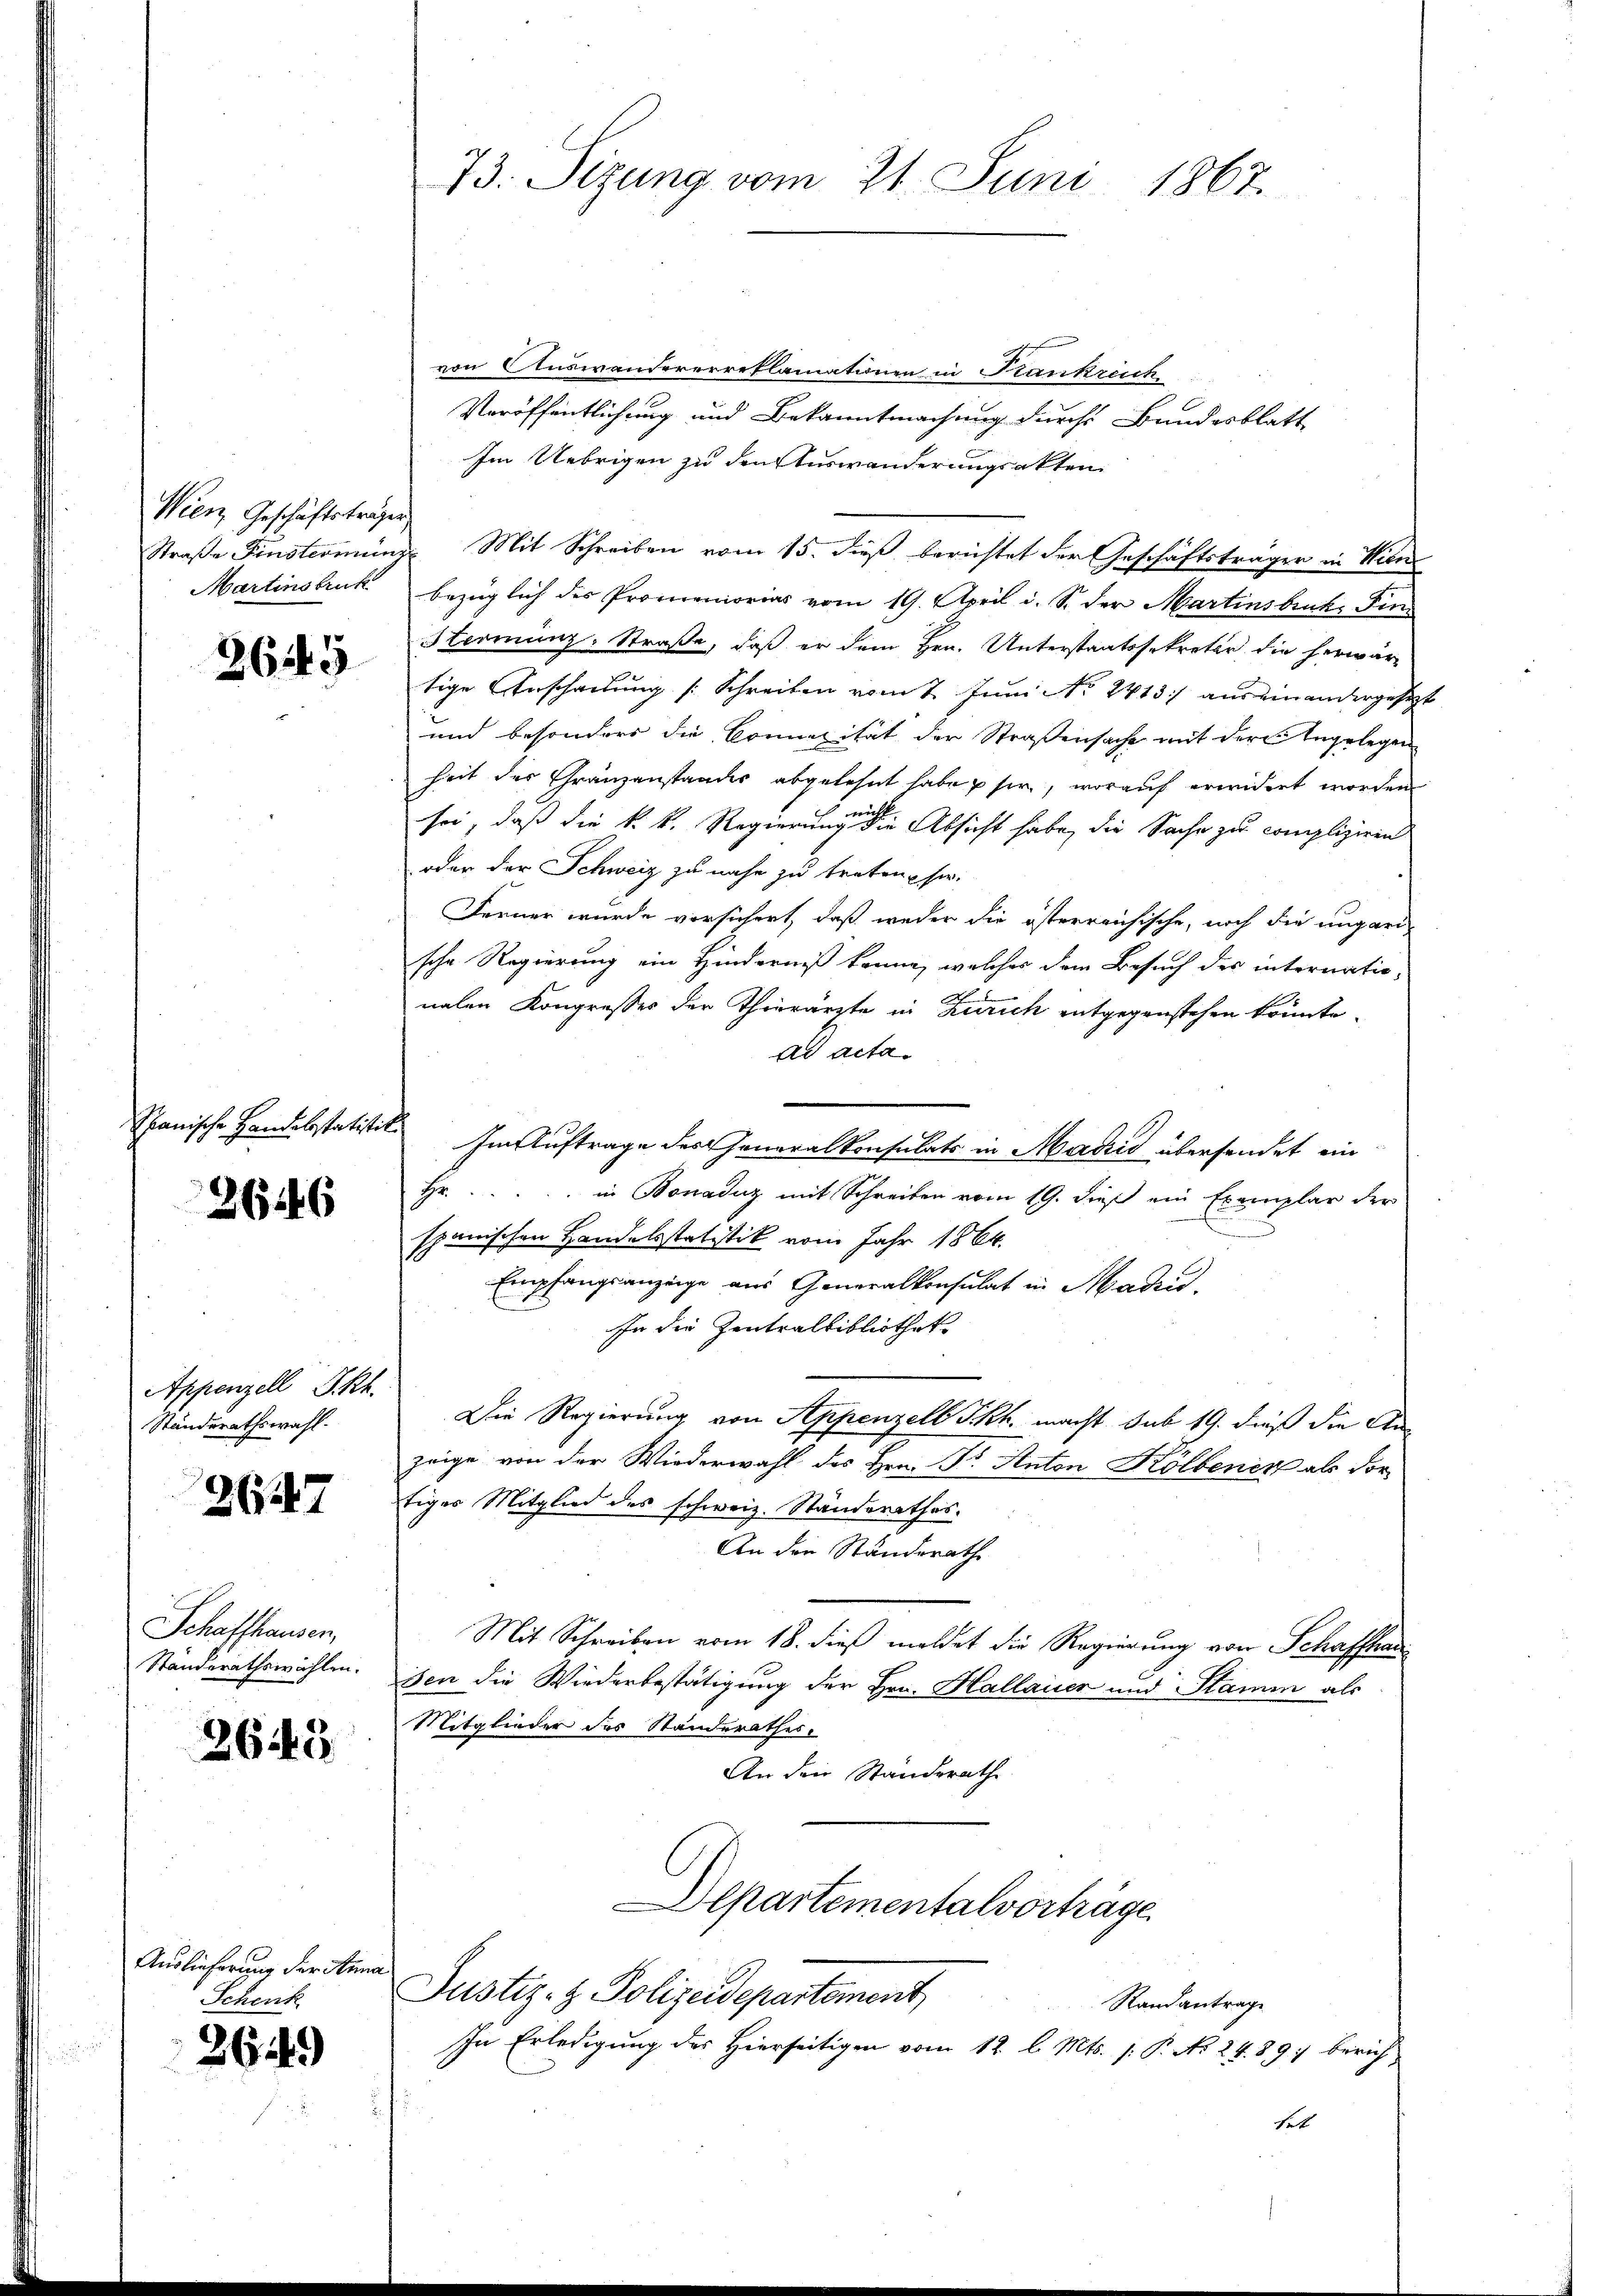
Wien, Geschäftsträgen
Martinstruk

3645

Spanische Handelsstatiste

2646

Appenzell Pkt.
Ständerathswahl.

2647

Schaffhausen,
Ständerathswahlen.

2649

Auslieferung der Anna
Schenk

2649)

ic

73. Sizung vom 21. Juni 1867.

von Auswandererreclamationen in Krankreich
Veröffentlichung und Bekanntmachung durch Bundesblatt
Im Uebrigen zu den Auswanderungsakten
Straße Fenstermine Mit Schreiben vom 15. dieß berichtet der Geschäftsträger in Wien
bezüglich des Promemorias vom 19. April i. S. der Martinsbruck. Fin¬
Sterminz-Straße, daß er dem Hrn. Unterstaatssekretär die herwärtige Anscheidung [Schreiben vom 2. Juni No 2413. aus ein andergesezt
und besonders die Connelität der Straßensache mit der Angelegen
heit der Gränzanstandes abgelehnt habe sie, worauf erwidert worden
sei, daß die k. k. Regierungen die Absicht habe, die Sache zu compliziren
oder der Schweiz zu nahe zu treten, sie
Ferner wurde versichert, daß weder die österreichische, noch die ungarische Regierung ein Hinderniß könne, welches dem Besuch der internatio¬

nalen Kongresses der Thierärzte in Zürich entgegenstehen könnte.
ad acta.
Im Auftrage des Generalkonsulats in Madrid übersendet ein
Hr. in Bonaduz mit Schreiben vom 19. dieß ein Exemplar der
spanischen Handelsstatistik vom Jahr 1864.
Empfangsanzeige aus Generalkonsulat in Maden,
In die Zentralbibliothek
Die Regierung von Appenzell Tkh. macht sub 19. dieß die An-
zeige von der Wiederwahl des Hrn. Dr. Anton Kölbener als dor
tiger Mitglied des schweiz. Ständerathes.
An die Ständerathe
Mit Schreiben vom 18. dieß meldet die Regierung von Schaffhau
sen die Wiederbestätigung der Hrn. Hallauer und Stamm als
Mitglieder des Standerathes
An den Standerathe
Departementalvorträge.
Justiz- & Polizeidepartement
Standantrage
In Erledigung des Hierseitigen vom 12. l. Mts. f. P. No 24. 89: Zürichhatt